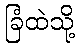
ခြံထဲသို့